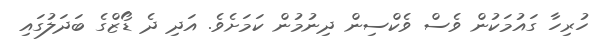
ހުރިހާ ގައުމަކުން ވެސް ވެކްސިން ދިނުމުން ކަމަށެވެ. އަދި ދެ ޑޯޒްގެ ބަދަލުގައި